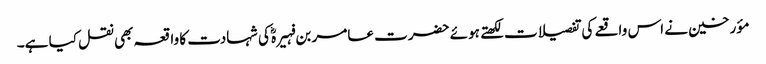
مؤرخین نے اس واقعے کی تفصیلات لکھتے ہوئے حضرت عامر بن فہیرہؓ کی شہادت کا واقعہ بھی نقل کیا ہے۔